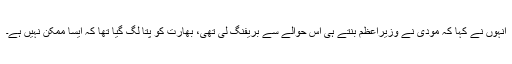
انہوں نے کہا کہ مودی نے وزیراعظم بنتے ہی اس حوالے سے بریفنگ لی تھی، بھارت کو پتا لگ گیا تھا کہ ایسا ممکن نہیں ہے۔